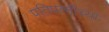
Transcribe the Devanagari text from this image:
पतिपत्‍नींच्या